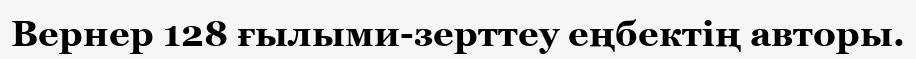
Вернер 128 ғылыми-зерттеу еңбектің авторы.